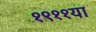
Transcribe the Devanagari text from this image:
१९११या